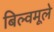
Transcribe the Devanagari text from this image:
बिल्वमूले